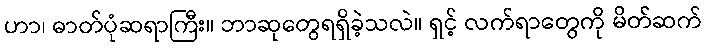
ဟာ၊ ဓာတ်ပုံဆရာကြီး။ ဘာဆုတွေရရှိခဲ့သလဲ။ ရှင့် လက်ရာတွေကို မိတ်ဆက်